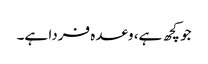
جو کچھ ہے، وعدہ فردا ہے۔